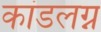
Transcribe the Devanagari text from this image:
कांडलग्न